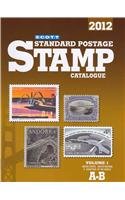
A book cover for Scott 2012 Standard Postage Stamp Catalogue Volume 1: United States and Affiliated Territories-United Nations and Countries of the World A-B (Scott ... Vol.1: U.S., Countries of the World A-B); Crafts, Hobbies & Home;